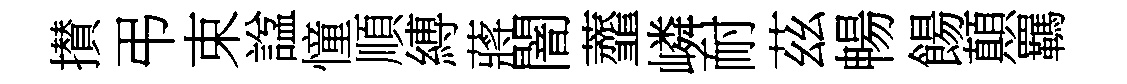
攅弔束諡憧順縛蔣闇虀嶙耐茲暢餳顛羈